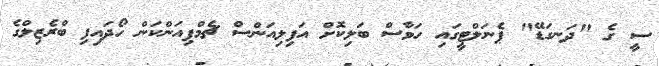
ސީ ގެ "ދަނގަޑޭ" ޕެނަލްޓީގައި ހަވާސް ބަލިކޮށް އަފިލިއަންސް ޗެމްޕިއަންކަން ހޯދައިފި ބްރެޒިލްގެ